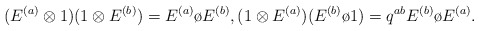
\begin{align*}(E^{(a)}\otimes 1)(1\otimes E^{(b)})=E^{(a)}\o E^{(b)},(1\otimes E^{(a)})(E^{(b)}\o 1)=q^{ab}E^{(b)}\o E^{(a)}.\end{align*}